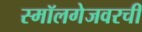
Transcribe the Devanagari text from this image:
स्मॉलगेजवरची